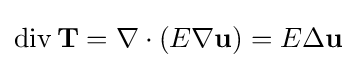
\operatorname {div} \mathbf {T} =\nabla \cdot (E\nabla \mathbf {u} )=E\Delta \mathbf {u}